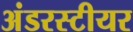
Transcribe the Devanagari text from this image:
अंडरस्टीयर